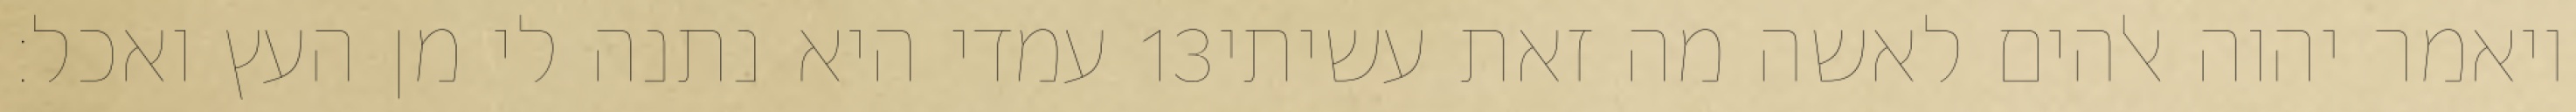
עמדי היא נתנה לי מן העץ ואכל׃ ‎13‏ ויאמר יהוה אלהים לאשה מה זאת עשיתי